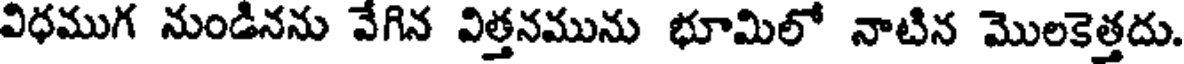
విధముగ నుండినను వేగిన విత్తనమును భూమిలో నాటిన మొలకెత్తదు.